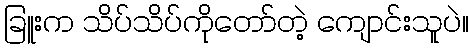
ခြူးက သိပ်သိပ်ကိုတော်တဲ့ ကျောင်းသူပဲ။